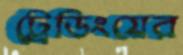
ট্রেডিংয়ের